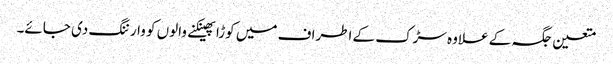
متعین جگہ کے علاوہ سڑک کے اطراف میں کوڑا پھینکنے والوں کو وارننگ دی جائے۔